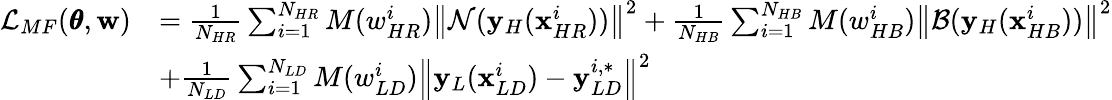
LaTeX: \begin{array}{rl}{\mathcal{L}_{MF}(\pmb{\theta},\mathbf{w})}&{={\frac{1}{N_{HR}}\sum_{i=1}^{N_{HR}}{M(w_{HR}^{i})\left\| \mathcal{N}(\mathbf{y}_{H}(\mathbf{x}_{HR}^{i}))\right\| ^{2}}+\frac{1}{N_{HB}}\sum_{i=1}^{N_{HB}}{M(w_{HB}^{i})\left\| \mathcal{B}(\mathbf{y}_{H}(\mathbf{x}_{HB}^{i}))\right\| ^{2}}}}\\ &{+{\frac{1}{N_{LD}}\sum_{i=1}^{N_{LD}}{M(w_{LD}^{i})\left\| \mathbf{y}_{L}(\mathbf{x}_{LD}^{i})-\mathbf{y}_{LD}^{i,*}\right\| ^{2}}}}\end{array}